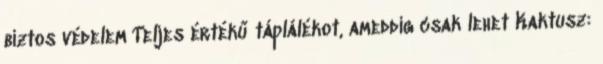
biztos védelem Teljes értékű táplálékot, ameddig csak lehet Kaktusz: